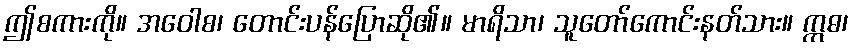
ဤစကားကို။ အဝေါစ၊ တောင်းပန်ပြောဆို၏။ မာရိသာ၊ သူတော်ကောင်းနတ်သား။ ဣဓ၊